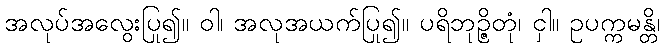
အလုပ်အလွေးပြု၍။ ဝါ၊ အလုအယက်ပြု၍။ ပရိဘုဉ္ဇိတုံ၊ ငှါ။ ဥပက္ကမန္တိ၊